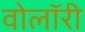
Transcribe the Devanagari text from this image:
वोलॉरी